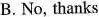
B.No, thanks